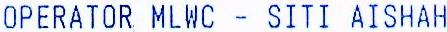
OPERATOR MLWC - SITI AISHAH